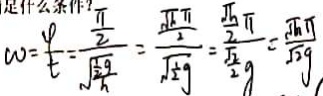
w = \frac { \varphi } { t } = \frac { \frac { \pi } { 2 } } { \sqrt { \frac { \frac { 1 } { 2 } g } { h } } } = \frac { \frac { \sqrt { h } \pi } { 2 } } { \sqrt { \frac { 1 } { 2 } g } } = \frac { \frac { \sqrt { h } } { 2 } \pi } { \frac { \sqrt { 2 } } { 2 } g } = \frac { \sqrt { h } \pi } { \sqrt { 2 } g }